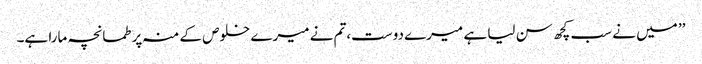
’’ میں نے سب کچھ سن لیا ہے میرے دوست،تم نے میرے خلوص کے منہ پر طمانچہ مارا ہے۔